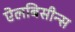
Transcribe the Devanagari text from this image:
ऐलबिसीन्स